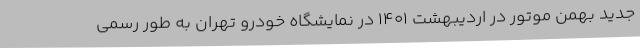
جدید بهمن موتور در اردیبهشت 1401 در نمایشگاه خودرو تهران به طور رسمی